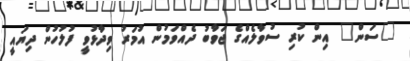
"ސަން" އިން ކުރި ސުވާލެއްގެ ޖަވާބު ދެއްވަމުން އުމަރު ވިދާޅުވީ ފުލުހުން ދިޔައީ